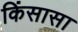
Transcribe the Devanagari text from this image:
किंसासा